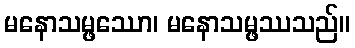
မနောသမ္ဖဿော၊ မနောသမ္ဖဿသည်။